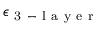
\epsilon _ { \mathrm { ~ 3 ~ - ~ l ~ a ~ y ~ e ~ r ~ } }